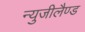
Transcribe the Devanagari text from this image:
न्युजीलैण्ड